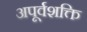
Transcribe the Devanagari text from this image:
अपूर्वशक्ति